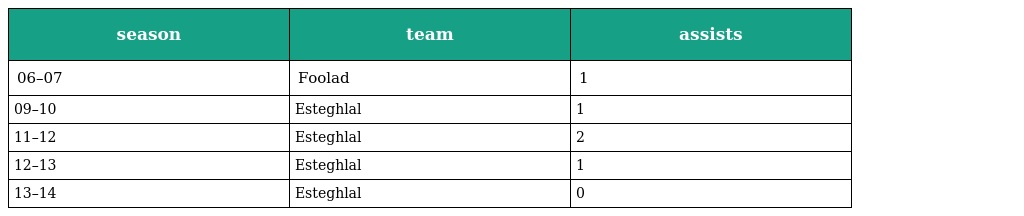
| season | team | assists |
 | --- | --- | --- |
 | 06–07 | Foolad | 1 |
 | 09–10 | Esteghlal | 1 |
 | 11–12 | Esteghlal | 2 |
 | 12–13 | Esteghlal | 1 |
 | 13–14 | Esteghlal | 0 |